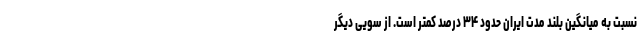
نسبت به میانگین بلند مدت ایران حدود ۳۴ درصد کمتر است. از سویی دیگر